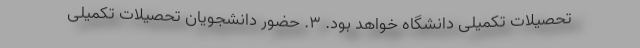
تحصیلات تکمیلی دانشگاه خواهد بود. ۳. حضور دانشجویان تحصیلات تکمیلی